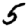
Digit: 5